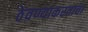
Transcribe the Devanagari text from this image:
ठेवण्याकरताचा